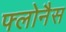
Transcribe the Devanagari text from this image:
फ्लोनैस